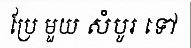
ប្រែ មួយ សំបូរ ទៅ